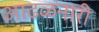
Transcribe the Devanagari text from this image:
आढळनारी